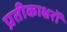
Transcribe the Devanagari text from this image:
प्रतीकाक्षरों